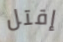
إقتل